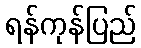
ရန်ကုန်ပြည်